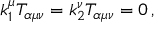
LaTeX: k _ { 1 } ^ { \mu } T _ { \alpha \mu \nu } = k _ { 2 } ^ { \nu } T _ { \alpha \mu \nu } = 0 \, ,